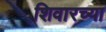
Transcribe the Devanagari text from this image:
शिवारच्या